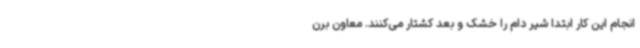
انجام این کار ابتدا شیر دام را خشک و بعد کشتار می‌کنند. معاون برن